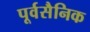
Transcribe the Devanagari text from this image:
पूर्वसैनिक